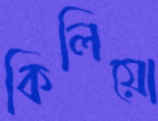
কিলিয়ো